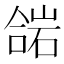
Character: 𱔋